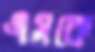
এসকে